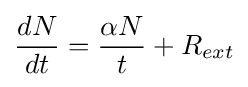
{\frac {dN}{dt}}={\frac {\alpha N}{t}}+R_{ext}